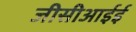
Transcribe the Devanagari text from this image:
जीसीआईई